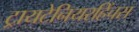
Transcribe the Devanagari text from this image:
ट्रायटेनियरहिंचस